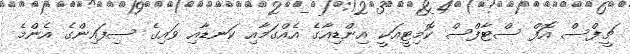
ޗީފްސް އޮފް ސްޓާފްސް ކޮމިޓީއަކީ އިންޑިއާގެ އެއްގަމާއި ކަނޑާއި ވައިގެ ސިފައިންގެ އެންމެ